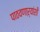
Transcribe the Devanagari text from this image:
पाठवणाऱ्यांशी